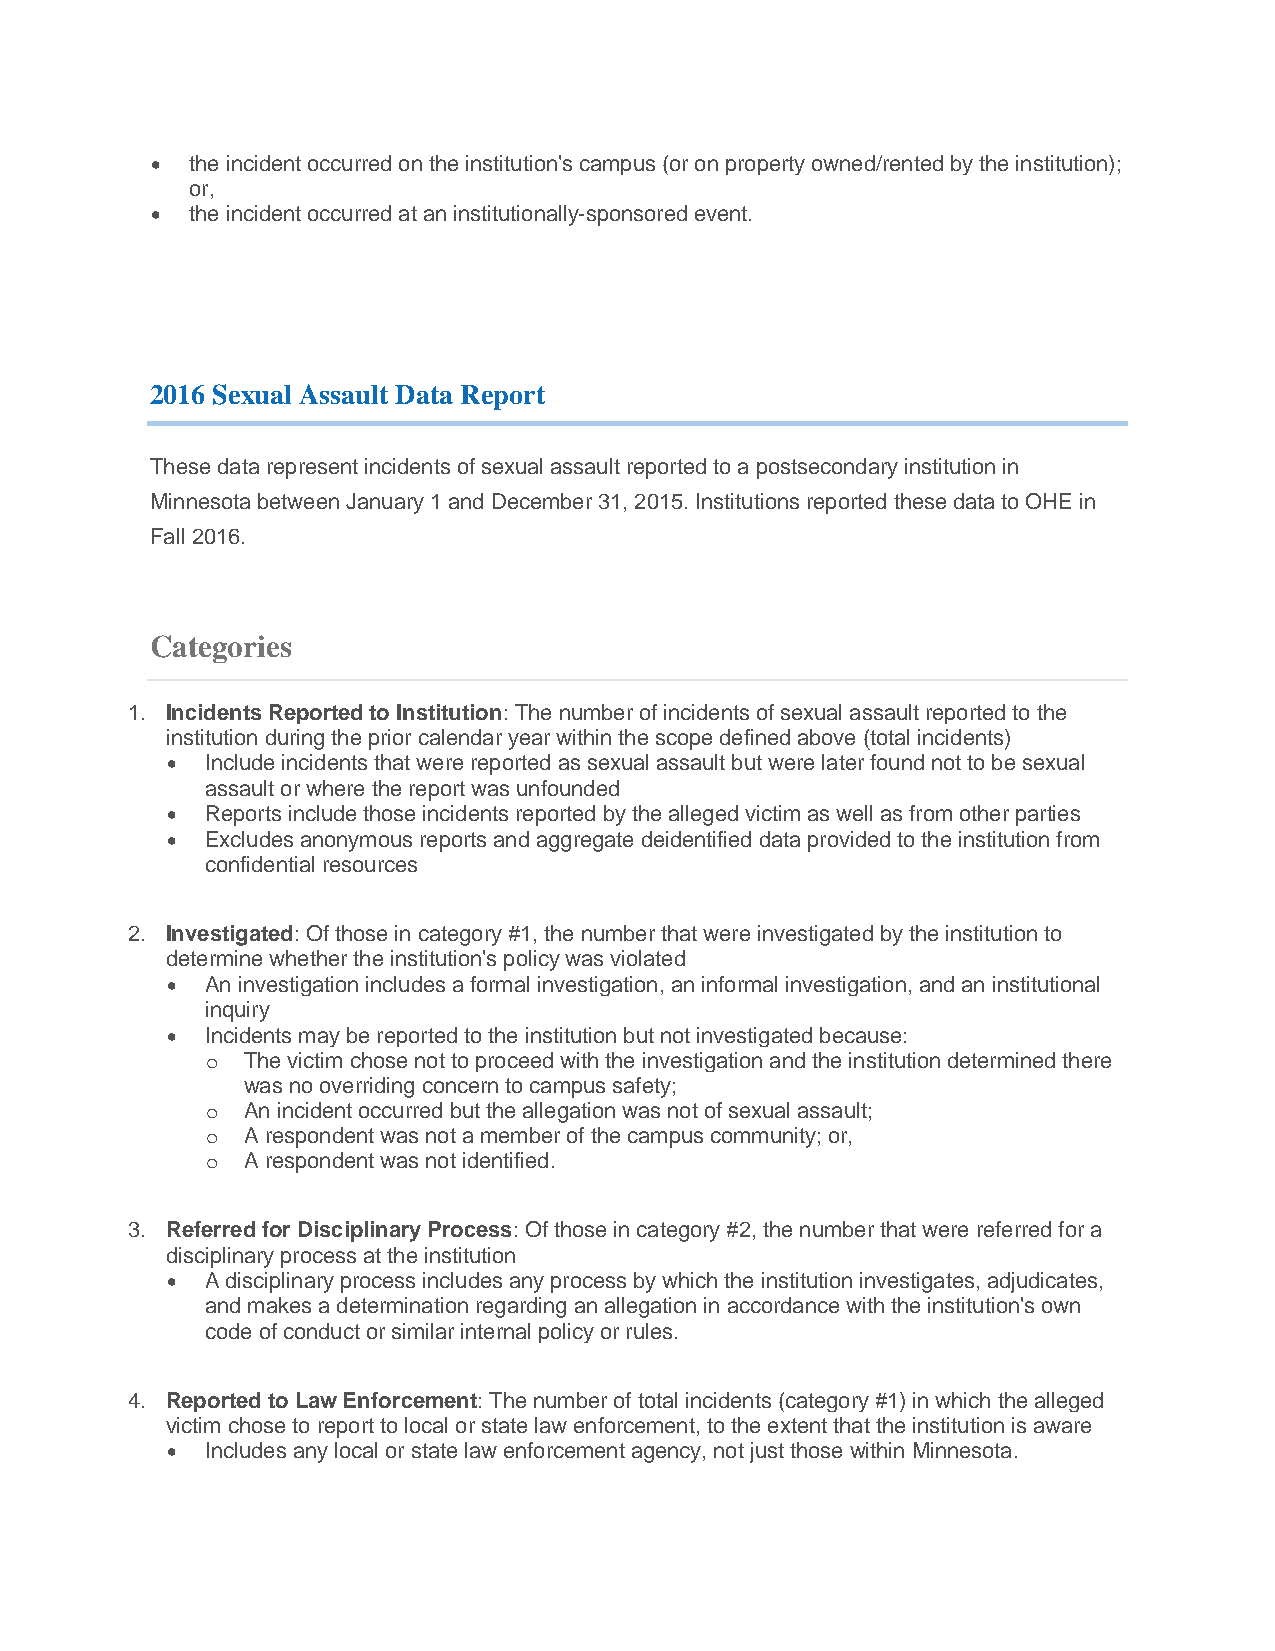
•  the incident occurred on the institution's campus (or on property owned/rented by the institution);
 or,
 •  the incident occurred at an institutionally-sponsored event.
 2016 Sexual Assault Data Report
 These data represent incidents of sexual assault reported to a postsecondary institution in
 Minnesota between January 1 and December 31, 2015. Institutions reported these data to OHE in
 Fall 2016.
 Categories
 1. Incidents Reported to Institution: The number of incidents of sexual assault reported to the
 institution during the prior calendar year within the scope defined above (total incidents)
 •  Include incidents that were reported as sexual assault but were later found not to be sexual
 assault or where the report was unfounded
 •  Reports include those incidents reported by the alleged victim as well as from other parties
 •  Excludes anonymous reports and aggregate deidentified data provided to the institution from
 confidential resources
 2. Investigated: Of those in category #1, the number that were investigated by the institution to
 determine whether the institution's policy was violated
 •  An investigation includes a formal investigation, an informal investigation, and an institutional
 inquiry
 •  Incidents may be reported to the institution but not investigated because:
 The victim chose not to proceed with the investigation and the institution determined there
 o
 was no overriding concern to campus safety;
 An incident occurred but the allegation was not of sexual assault;
 o
 A respondent was not a member of the campus community; or,
 o
 A respondent was not identified.
 o
 3. Referred for Disciplinary Process: Of those in category #2, the number that were referred for a
 disciplinary process at the institution
 •  A disciplinary process includes any process by which the institution investigates, adjudicates,
 and makes a determination regarding an allegation in accordance with the institution's own
 code of conduct or similar internal policy or rules.
 4. Reported to Law Enforcement: The number of total incidents (category #1) in which the alleged
 victim chose to report to local or state law enforcement, to the extent that the institution is aware
 •  Includes any local or state law enforcement agency, not just those within Minnesota.